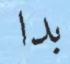
بدا